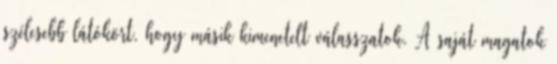
szélesebb látókört, hogy másik kimenetelt válasszatok. A saját magatok